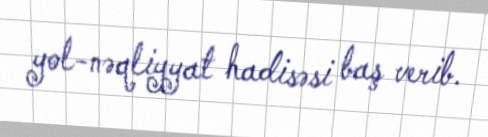
yol-nəqliyyat hadisəsi baş verib.